Civil Veterinary Department Bihar & Orissa reports 1922-29 - 1922-1929
Year: 1922
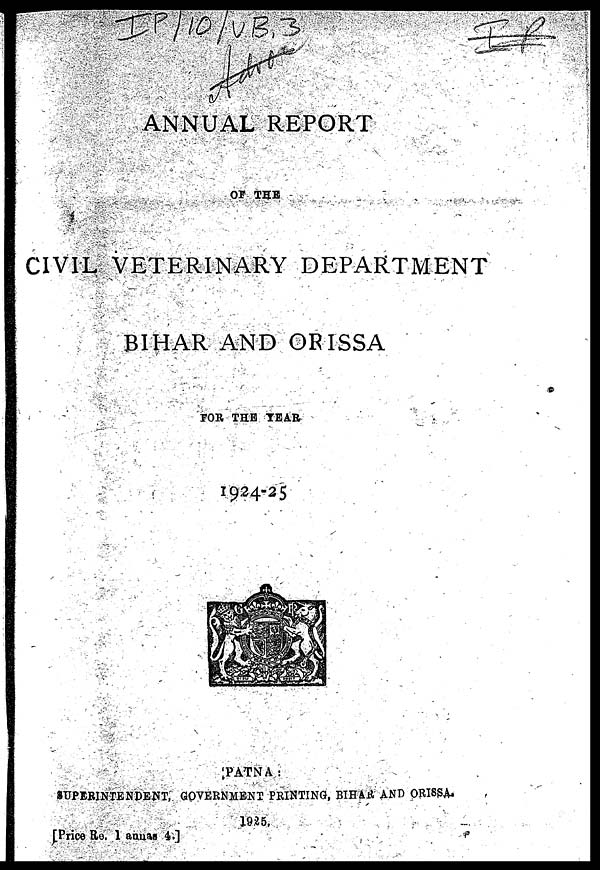
ANNUAL REPORT
OF THE
CIVIL VETERINARY DEPARTMENT
BIHAR AND ORISSA
FOR THE TEAR
1924-25
PATNA:
SUPERINTENDENT, GOVERNMENT PRINTING, BIHAR AND ORISSA.
1925,
[Price Re. 1 annas 4.]